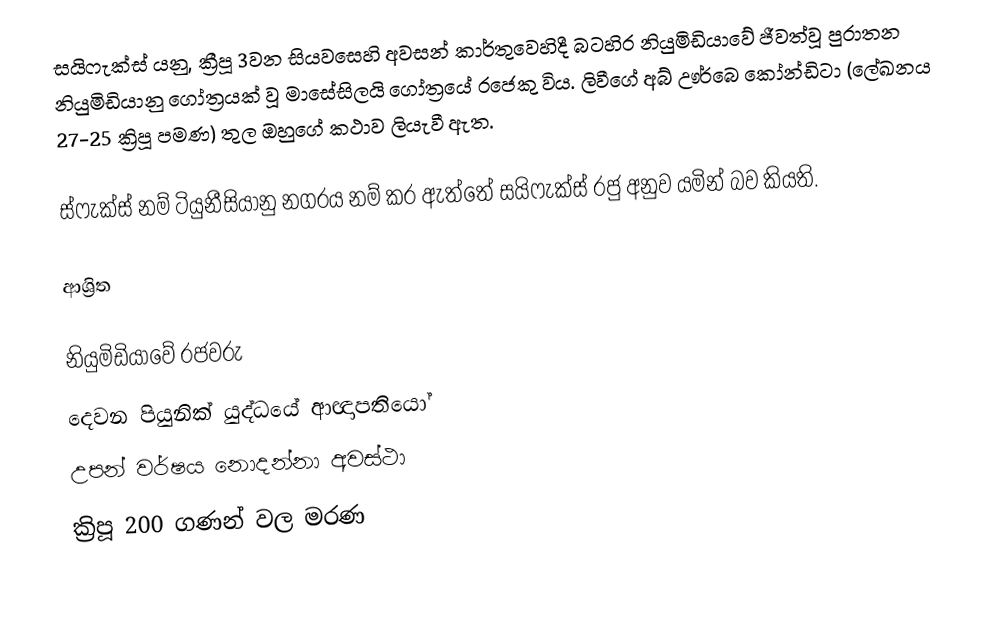
සයිෆැක්ස්  යනු, ක්‍රීපූ 3වන සියවසෙහි අවසන් කාර්තුවෙහිදී බටහිර නියුමිඩියාවේ ජීවත්වූ පුරාතන නියුමිඩියානු  ගෝත්‍රයක් වූ මාසේසිලයි ගෝත්‍රයේ රජෙකු විය. ලිවීගේ අබ් ඌර්බෙ කෝන්ඩිටා (ලේඛනය  27-25 ක්‍රිපූ පමණ) තුල ඔහුගේ කථාව ලියැවී ඇත.

ස්ෆැක්ස් නම් ටියුනීසියානු නගරය නම් කර ඇත්තේ සයිෆැක්ස් රජු අනුව යමින් බව කියති.

ආශ්‍රිත

 නියුමිඩියාවේ රජවරු
දෙවන පියුනික් යුද්ධයේ ආඥාපතියෝ
උපන් වර්ෂය නොදන්නා අවස්ථා
ක්‍රිපූ 200 ගණන් වල මරණ